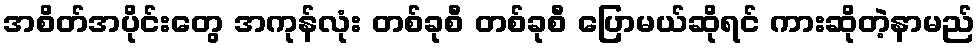
အစိတ်အပိုင်းတွေ အကုန်လုံး တစ်ခုစီ တစ်ခုစီ ပြောမယ်ဆိုရင် ကားဆိုတဲ့နာမည်